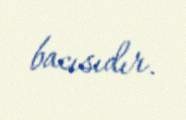
bacısıdır.